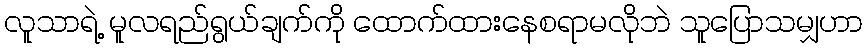
လူသာရဲ့ မူလရည်ရွယ်ချက်ကို ထောက်ထားနေစရာမလိုဘဲ သူပြောသမျှဟာ